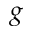
g